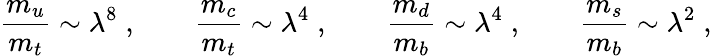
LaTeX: \frac{m_{u}}{m_{t}}\sim\lambda^{8}\; ,\qquad\frac{m_{c}}{m_{t}}\sim\lambda^{4}\; ,\qquad\frac{m_{d}}{m_{b}}\sim\lambda^{4}\; ,\qquad\frac{m_{s}}{m_{b}}\sim\lambda^{2}\; ,